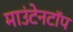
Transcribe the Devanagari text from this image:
माउंटेनटॉप